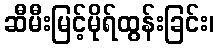
ဆီမီးမြင့်မိုရ်ထွန်းခြင်း၊